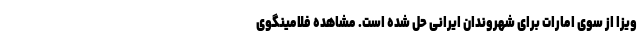
ویزا از سوی امارات برای شهروندان ایرانی حل شده است. مشاهده فلامینگوی